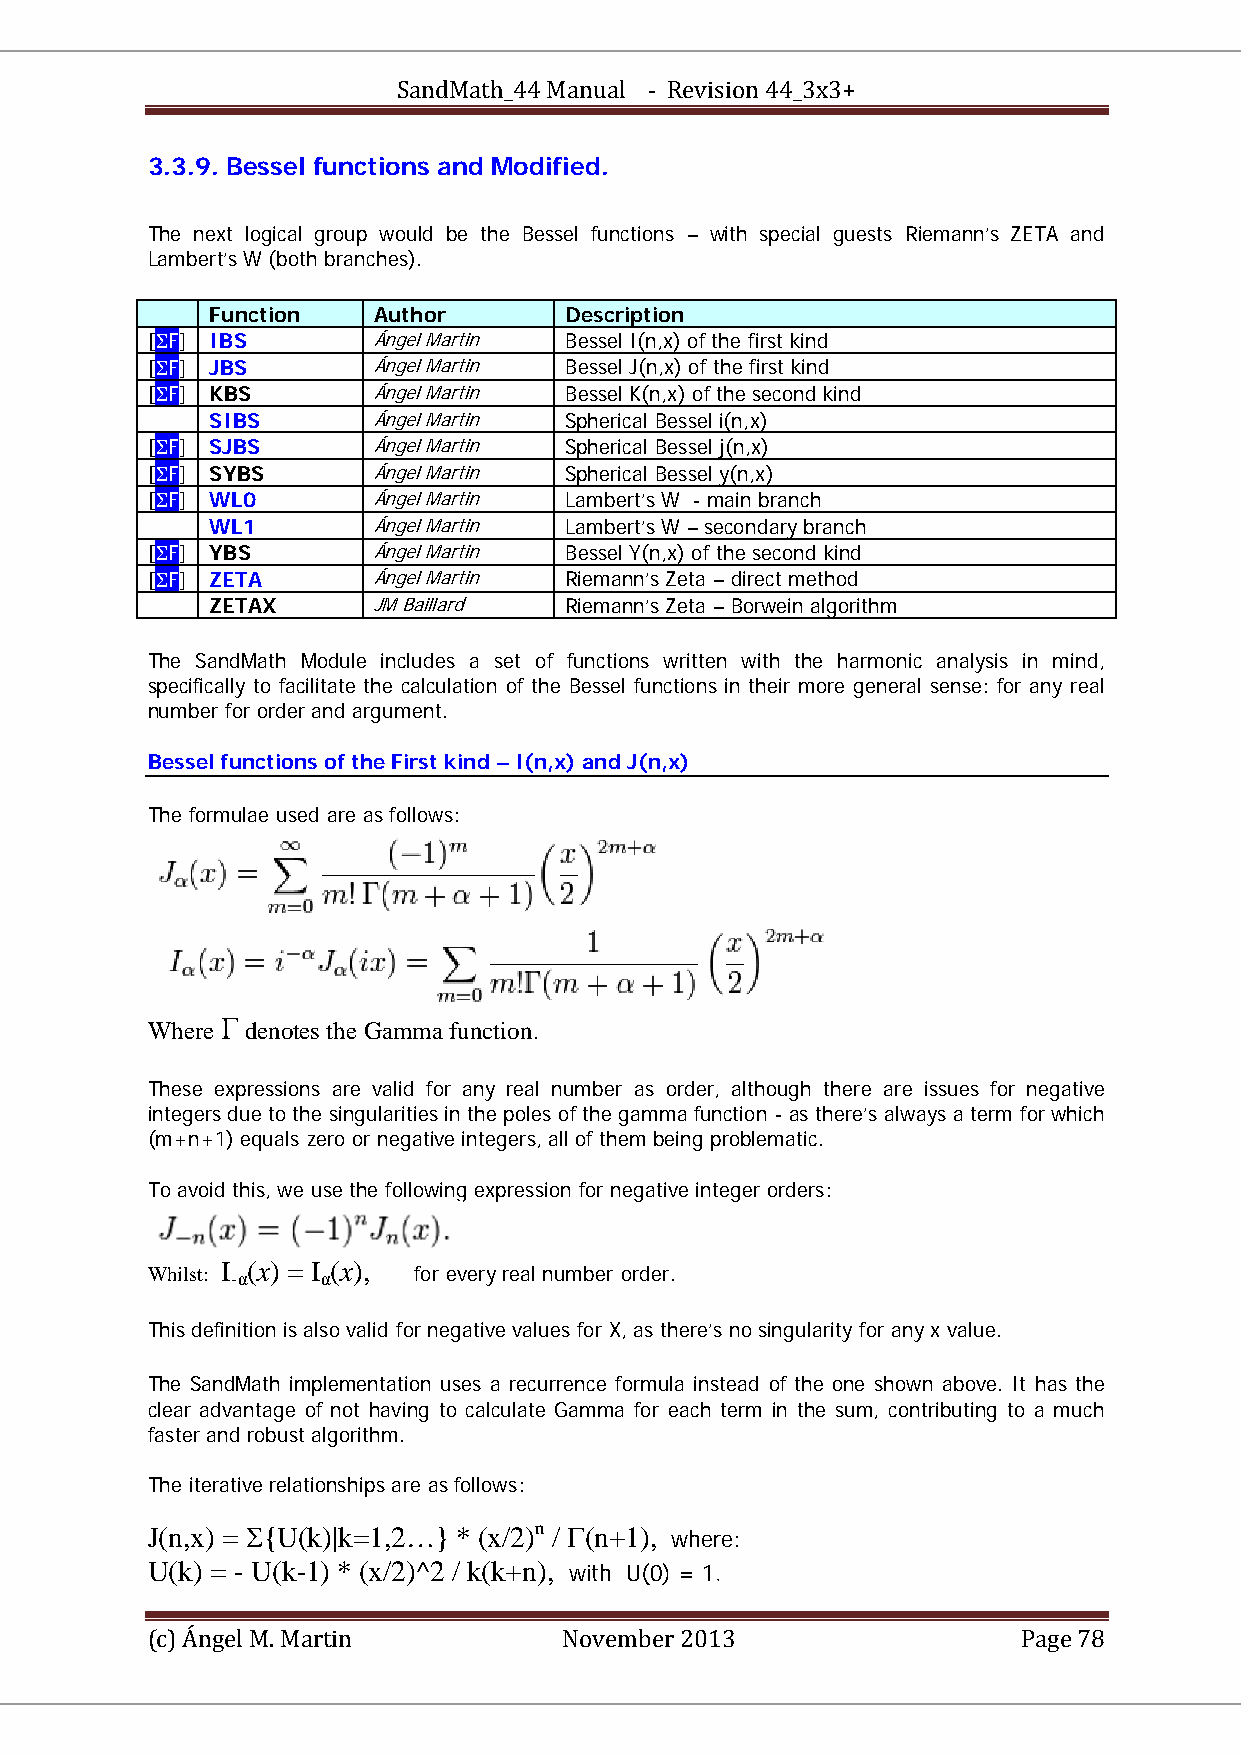
SandMath_44 Manual - Revision 44_3x3+
 3.3.9. Bessel functions and Modified.
 The next logical group would be the Bessel functions – with special guests Riemann’s ZETA and
 Lambert’s W (both branches).
 Function   Author      Description
 [ΣF] IBS       Ángel Martin Bessel I(n,x) of the first kind
 [ΣF] JBS       Ángel Martin Bessel J(n,x) of the first kind
 [ΣF] KBS       Ángel Martin Bessel K(n,x) of the second kind
 SIBS       Ángel Martin Spherical Bessel i(n,x)
 [ΣF] SJBS      Ángel Martin Spherical Bessel j(n,x)
 [ΣF] SYBS      Ángel Martin Spherical Bessel y(n,x)
 [ΣF] WL0       Ángel Martin Lambert’s W - main branch
 WL1        Ángel Martin Lambert’s W – secondary branch
 [ΣF] YBS       Ángel Martin Bessel Y(n,x) of the second kind
 [ΣF] ZETA      Ángel Martin Riemann’s Zeta – direct method
 ZETAX      JM Baillard Riemann’s Zeta – Borwein algorithm
 The SandMath Module includes a set of functions written with the harmonic analysis in mind,
 specifically to facilitate the calculation of the Bessel functions in their more general sense: for any real
 number for order and argument.
 Bessel functions of the First kind – I(n,x) and J(n,x)
 The formulae used are as follows:
 Where Γ denotes the Gamma function.
 TT TT
 These expressions are valid for any real number as order, although there are issues for negative
 integers due to the singularities in the poles of the gamma function - as there’s always a term for which
 (m+n+1) equals zero or negative integers, all of them being problematic.
 To avoid this, we use the following expression for negative integer orders:
 Whilst: I -α(x) = I α(x), for every real number order.
 BB BB BB BB
 This definition is also valid for negative values for X, as there’s no singularity for any x value.
 The SandMath implementation uses a recurrence formula instead of the one shown above. It has the
 clear advantage of not having to calculate Gamma for each term in the sum, contributing to a much
 faster and robust algorithm.
 The iterative relationships are as follows:
 J(n,x) = Σ{U(k)|k=1,2…} * (x/2)n / Γ(n+1), where:
 PP PP
 U(k) = - U(k-1) * (x/2)^2 / k(k+n), with U(0) = 1.
 (c) Ángel M. Martin        November 2013                  Page 78